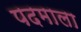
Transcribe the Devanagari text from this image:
पदमाला